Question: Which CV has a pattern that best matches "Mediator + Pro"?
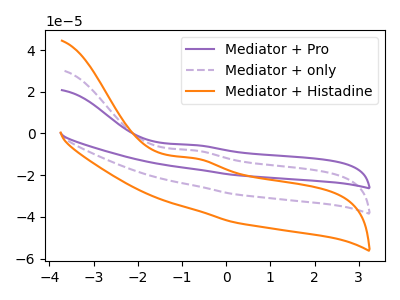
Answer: <think>The purple curve "Mediator + Pro" has an anodic peak at: (-0.70V, -16.25uA). The purple dashed curve "Mediator + only" has an anodic peak at: (-0.70V, -8.15uA). The orange curve "Mediator + Histadine" has an anodic peak at: (-0.70V, -11.90uA).
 All the peaks in "Mediator + Pro" have a peak in "Mediator + only" at the same potential. Every peak in "Mediator + Pro" is lower than every peak in "Mediator + only". All the peaks in "Mediator + Pro" have a peak in "Mediator + Histadine" at the same potential. Every peak in "Mediator + Pro" is lower than every peak in "Mediator + Histadine". All the peaks in "Mediator + only" have a peak in "Mediator + Histadine" at the same potential. Every peak in "Mediator + only" is higher than every peak in "Mediator + Histadine".</think>
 <answer>"Mediator + Pro" and "Mediator + only" have a similar shape to "Mediator + Histadine".</answer>
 <eval>"Mediator + Pro" "Mediator + only"</eval>